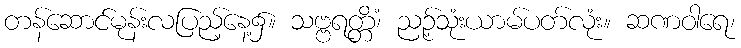
တန်ဆောင်မုန်းလပြည့်နေ့၌။ သဗ္ဗရတ္တိံ၊ ညဉ့်သုံးယာမ်ပတ်လုံး။ ဆဏဝါရေ၊